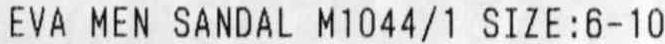
EVA MEN SANDAL M1044/1 SIZE:6-10